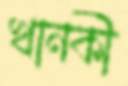
খানকী